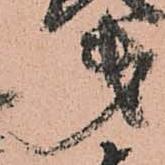
第